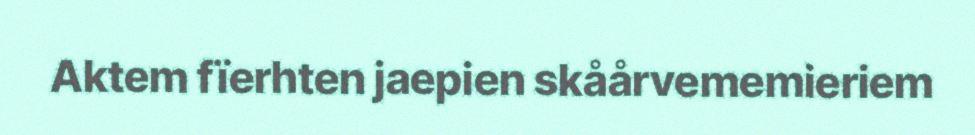
Aktem fïerhten jaepien skåårvememieriem